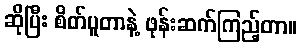
ဆိုပြီး စိတ်ပူတာနဲ့ ဖုန်းဆက်ကြည့်တာ။